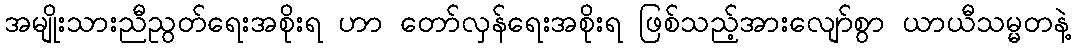
အမျိုးသားညီညွတ်ရေးအစိုးရ ဟာ တော်လှန်ရေးအစိုးရ ဖြစ်သည့်အားလျော်စွာ ယာယီသမ္မတနဲ့